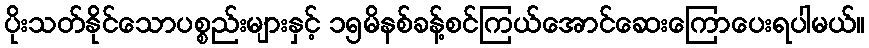
ပိုးသတ်နိုင်သောပစ္စည်းများနှင့် ၁၅မိနစ်ခန့်စင်ကြယ်အောင်ဆေးကြောပေးရပါမယ်။